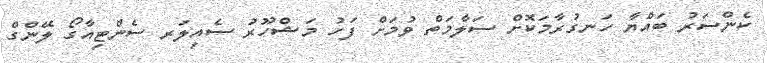
ކެންސަރު ބައްޔާ ހަނގުރާމަކޮށް ސަލާމަތް ވުމަށް ފަހު މަޝްހޫރު ސެއިލަރ ސެންޓިއާގޯ ލޭންގް